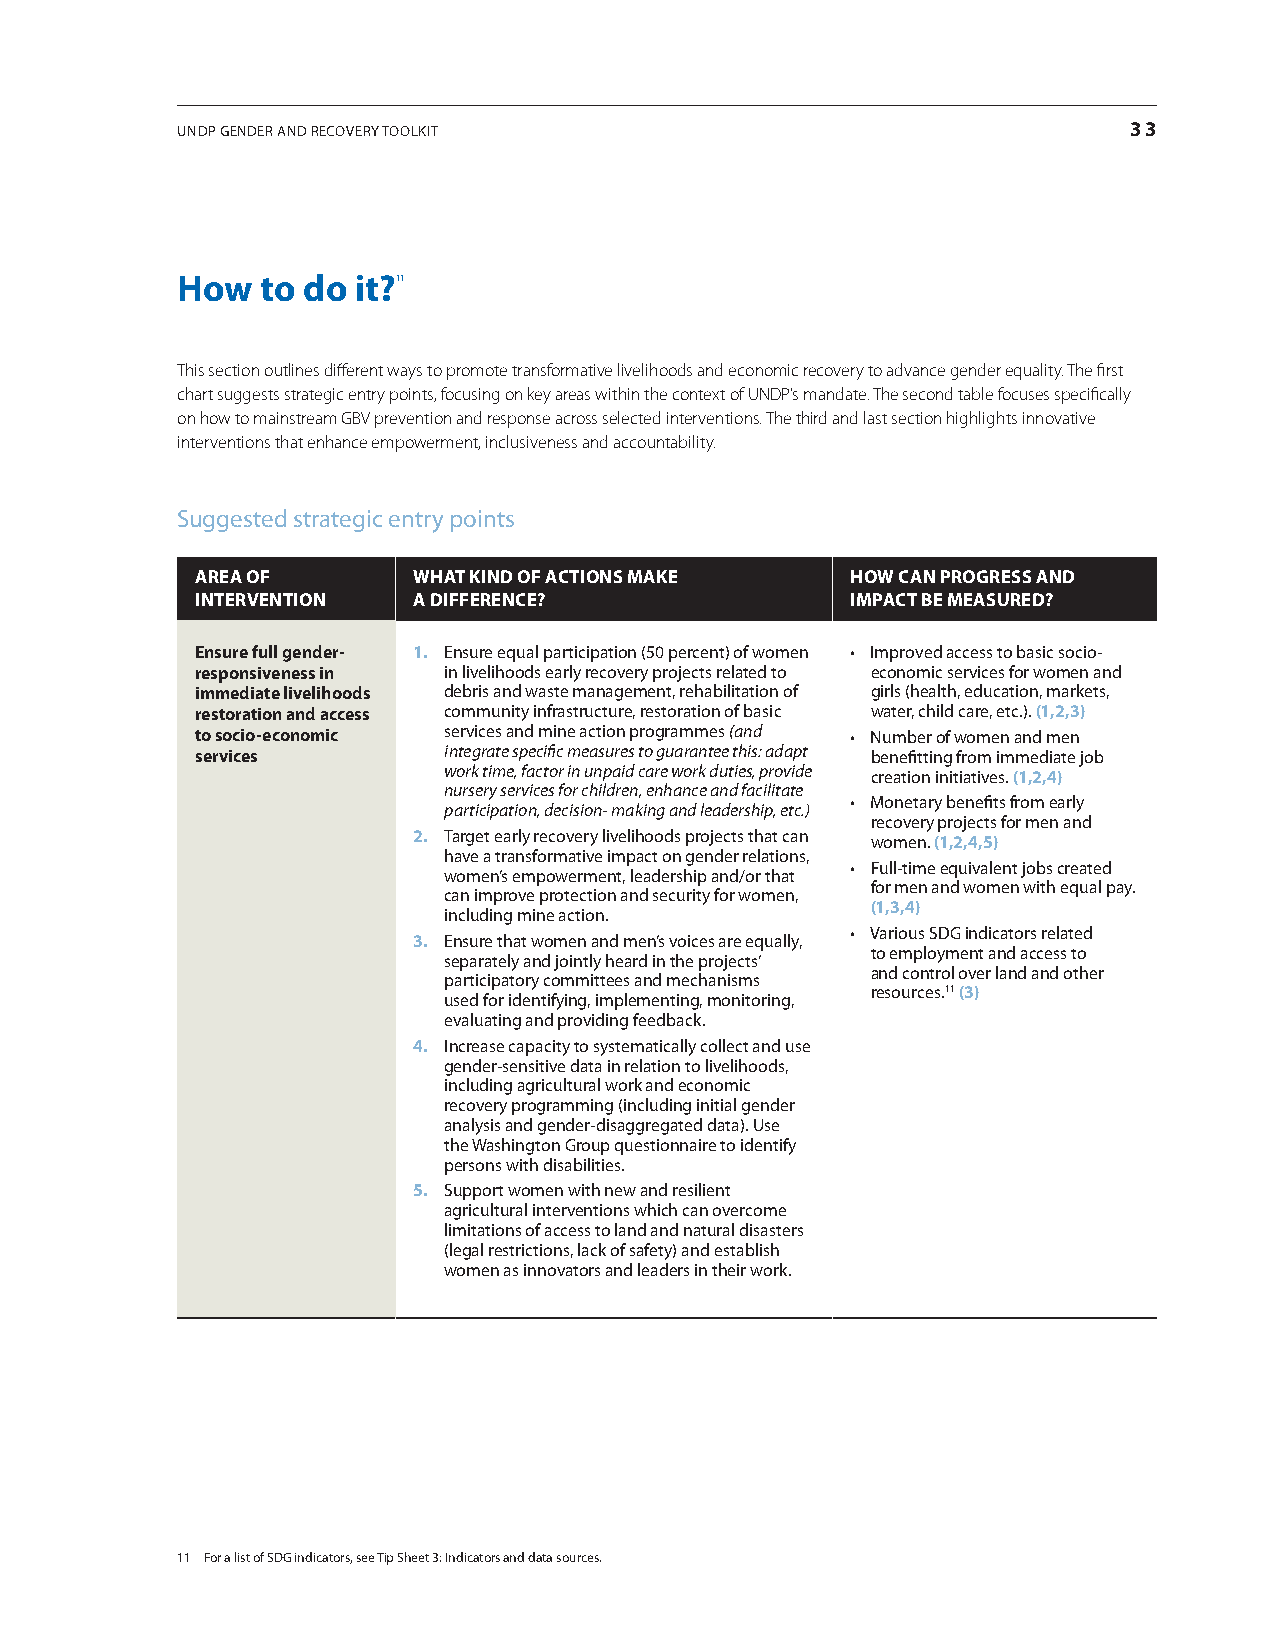
undP gender and recovery toolkit                               33
 How  to do it?11
 This section outlines different ways to promote transformative livelihoods and economic recovery to advance gender equality. The first
 chart suggests strategic entry points, focusing on key areas within the context of UNDP’s mandate. The second table focuses specifically
 on how to mainstream GBV prevention and response across selected interventions. The third and last section highlights innovative
 interventions that enhance empowerment, inclusiveness and accountability.
 suggested strategic entry points
 ArEA of       WHAt kiND of ACtioNs MAkE    HoW CAN ProGrEss AND
 iNtErvENtioN  A DiffErENCE?                iMPACt BE MEAsUrED?
 Ensure full gender- 1. ensure equal participation (50 percent) of women • Improved access to basic socio-
 responsiveness in in livelihoods early recovery projects related to economic services for women and
 immediate livelihoods debris and waste management, rehabilitation of girls (health, education, markets,
 restoration and access community infrastructure, restoration of basic water, child care, etc.). (1,2,3)
 to socio-economic services and mine action programmes (and • Number of women and men
 services        integrate specific measures to guarantee this: adapt benefitting from immediate job
 work time, factor in unpaid care work duties, provide creation initiatives. (1,2,4)
 nursery services for children, enhance and facilitate
 • Monetary benefits from early
 participation, decision- making and leadership, etc.)
 recovery projects for men and
 2. target early recovery livelihoods projects that can women. (1,2,4,5)
 have a transformative impact on gender relations,
 • Full-time equivalent jobs created
 women’s empowerment, leadership and/or that
 for men and women with equal pay.
 can improve protection and security for women,
 (1,3,4)
 including mine action.
 • Various SDG indicators related
 3. ensure that women and men’s voices are equally,
 to employment and access to
 separately and jointly heard in the projects’
 and control over land and other
 participatory committees and mechanisms
 resources.11 (3)
 used for identifying, implementing, monitoring,
 evaluating and providing feedback.
 4. increase capacity to systematically collect and use
 gender-sensitive data in relation to livelihoods,
 including agricultural work and economic
 recovery programming (including initial gender
 analysis and gender-disaggregated data). use
 the Washington group questionnaire to identify
 persons with disabilities.
 5. support women with new and resilient
 agricultural interventions which can overcome
 limitations of access to land and natural disasters
 (legal restrictions, lack of safety) and establish
 women as innovators and leaders in their work.
 11 for a list of sdg indicators, see tip sheet 3: indicators and data sources.